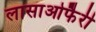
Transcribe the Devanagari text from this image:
लासाओफैरी